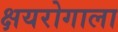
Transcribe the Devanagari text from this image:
क्षयरोगाला